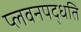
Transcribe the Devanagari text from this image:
प्लवनपद्धति